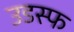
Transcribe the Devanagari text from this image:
उडस्फ